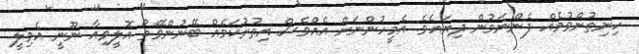
ހިނިތުންވުމެއް ފެންނަމުން ދިޔައެވެ. އެމީހުންނަށް އެއްވެސް އިތުރުކަމެއް ބޭނުންވޭތޯ އޮލީވިއާ ނޫނީ އެމިލީ